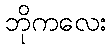
ဘိုကလေး